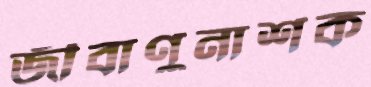
জীবাণুনাশক